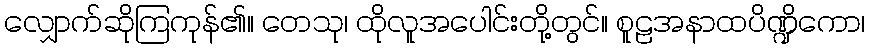
လျှောက်ဆိုကြကုန်၏။ တေသု၊ ထိုလူအပေါင်းတို့တွင်။ စူဠအနာထပိဏ္ဍိကော၊